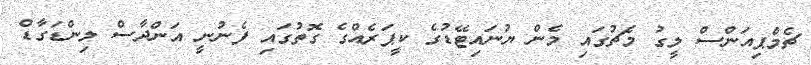
ޗެމްޕިއަންސް ލީގު މެޗުގައި މެން ޔުނައިޓޭޑުގެ ކީޕަރެއްގެ ގޮތުގައި ފެނުނީ އަންދާސް ލިންޑަގާޑް